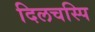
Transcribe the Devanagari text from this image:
दिलचस्पि